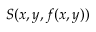
S ( x , y , f ( x , y ) )